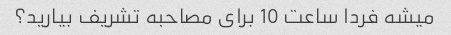
میشه فردا ساعت 10 برای مصاحبه تشریف بیارید؟